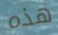
هذه